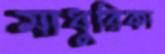
মাধুরিকা